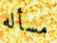
مسأله